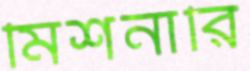
মিশনারি